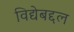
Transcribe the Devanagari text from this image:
विद्येबद्दल